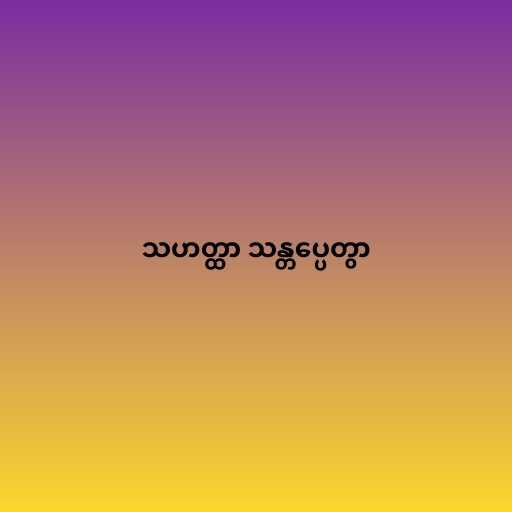
သဟတ္ထာ သန္တပ္ပေတွာ